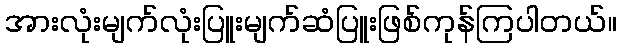
အားလုံးမျက်လုံးပြူးမျက်ဆံပြူးဖြစ်ကုန်ကြပါတယ်။